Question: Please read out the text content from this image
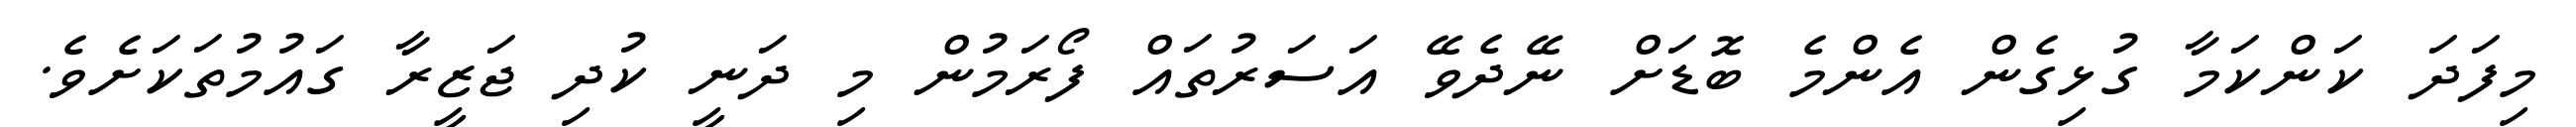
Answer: މިފަދަ ކަންކަމާ ގުޅިގެން އެންމެ ބޮޑަށް ނޭދެވޭ އަސަރުތައް ފޯރަމުން މި ދަނީ ކުދި ޖަޒީރާ ގައުމުތަކަށެވެ.